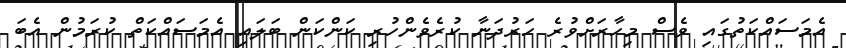
އެމަސައްކަތުގައި ވެސް މިހާރަށްވުރެ ހަރުދަނާ ކުރެވެންހުރި ކަންކަން ބަލައި އެމަސައްކަތް ކުރަމުން އެބަ